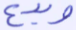
ويدع